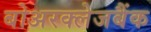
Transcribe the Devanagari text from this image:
बोअरक्लेजबैंक